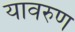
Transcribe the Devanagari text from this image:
यावरुण